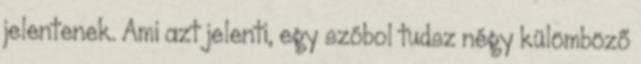
jelentenek. Ami azt jelenti, egy szóbol tudsz négy külömböző